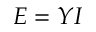
E = Y I